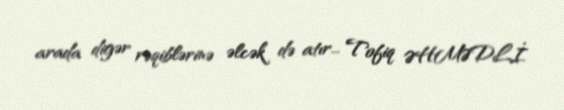
arada digər rəqiblərinə əlcək də atır... Tofiq ƏHMƏDLİ.